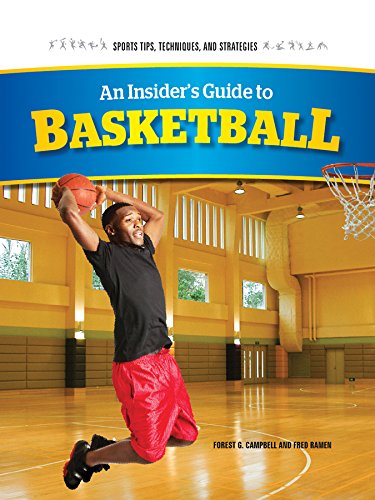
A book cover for An Insider's Guide to Basketball (Sports Tips, Techniques, and Strategies); Forest G. Campbell; Teen & Young Adult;